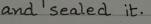
and sealed it.